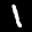
Label: 1